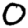
Digit: 0